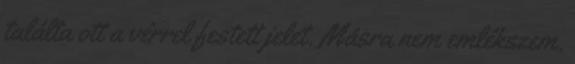
találta ott a vérrel festett jelet. Másra nem emlékszem.